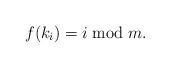
LaTeX: \begin{align*}f(k_i) = i \bmod{m}.\end{align*}